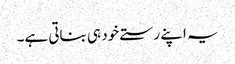
یہ اپنے رستے خود ہی بناتی ہے۔